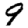
Digit: 9